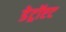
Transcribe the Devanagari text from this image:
डेट्रॉएट